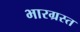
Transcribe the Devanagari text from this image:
भारग्रस्त